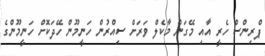
ޕްރިންސް ހެރީ އާއި މޭގަން މާކެލް ވަރަށް ސިއްރުން ހަނީމޫން ހޭދަކޮށް ހަނީމޫންގެ